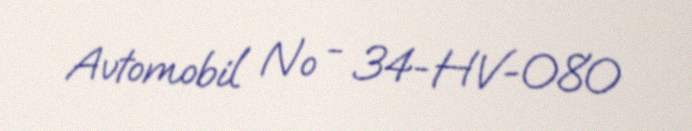
Avtomobil № - 34-HV-080